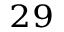
^ { 2 9 }